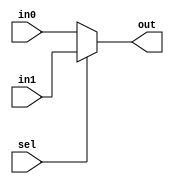
//-----------------------------------------------------------------------------
// Multiplexers
//-----------------------------------------------------------------------------

// Two-input MUX with parameterized bit width (default: 1-bit)
module mux2 #( parameter W = 32 )
(
    input[W-1:0]    in0,
    input[W-1:0]    in1,
    input           sel,
    output[W-1:0]   out
);
    // Conditional operator - http://www.verilog.renerta.com/source/vrg00010.htm
    assign out = (sel) ? in1 : in0;
endmodule

// 4 input MUX with parameterized bit width (default: 1-bit)
module mux4 #( parameter W = 32 )
      (
      input [W-1:0] in0,                 // 4-bit input called a
      input [W-1:0] in1,                 // 4-bit input called b
      input [W-1:0] in2,                 // 4-bit input called c
      input [W-1:0] in3,                 // 4-bit input called d
      input [1:0] sel,               // input sel used to select between a,b,c,d
      output [W-1:0] out);             // 4-bit output based on input sel

  // When sel[1] is 0, (sel[0]? b:a) is selected and when sel[1] is 1, (sel[0] ? d:c) is taken
  // When sel[0] is 0, a is sent to output, else b and when sel[0] is 0, c is sent to output, else d
  assign out = sel[1] ? (sel[0] ? in3 : in2) : (sel[0] ? in1 : in0);

endmodule

// Flush MUX
module flushmux
(
    input sel,
    input in0, in1, in2, in3, in4, in5, in6,
    input [2:0] in7,
    output out0, out1, out2, out3, out4, out5, out6,
    output [2:0] out7
);

    mux2 #(1) mux0(.in0(in0),
                    .in1(1'b0),
                    .sel(sel),
                    .out(out0));

    mux2 #(1) mux1(.in0(in1),
                    .in1(1'b0),
                    .sel(sel),
                    .out(out1));

    mux2 #(1) mux2_(.in0(in2),
                    .in1(1'b0),
                    .sel(sel),
                    .out(out2));

    mux2 #(1) mux3(.in0(in3),
                    .in1(1'b0),
                    .sel(sel),
                    .out(out3));

    mux2 #(1) mux4(.in0(in4),
                    .in1(1'b0),
                    .sel(sel),
                    .out(out4));

    mux2 #(1) mux5(.in0(in5),
                    .in1(1'b0),
                    .sel(sel),
                    .out(out5));

    mux2 #(1) mux6(.in0(in6),
                    .in1(1'b0),
                    .sel(sel),
                    .out(out6));

    mux2 #(3) mux7(.in0(in7),
                    .in1(3'b000),
                    .sel(sel),
                    .out(out7));

endmodule